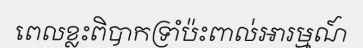
ពេលខ្លះពិបាកទ្រាំប៉ះពាល់អារម្មណ៍